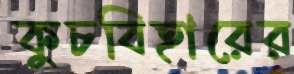
কুচবিহারের